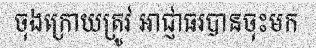
ចុងក្រោយត្រូវ អាជ្ញាធរបានចុះមក